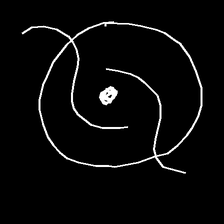
Glyph: repetition